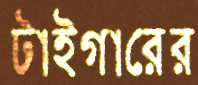
টাইগারের